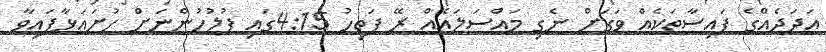
އަދަދެއްގެ ފައިސާތަކެއް ވަގަށް ނެގި މައްސަލައެއް ރޭ ފަތިހު 4:15ގައި ފުލުހުންނަށް ހުށައަޅާފައިވާ